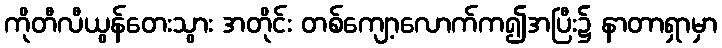
ကိုတီလီယွန်တေးသွား အတိုင်း တစ်ကျော့လောက်က၍အပြီး၌ နာတာရှာမှာ